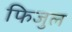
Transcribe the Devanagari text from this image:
फिजुल